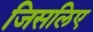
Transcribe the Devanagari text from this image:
जिसलिए